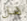
هل